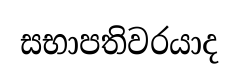
සභාපතිවරයාද